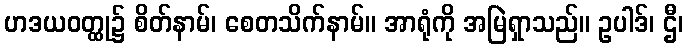
ဟဒယဝတ္ထု၌ စိတ်နာမ်၊ စေတသိက်နာမ်။ အာရုံကို အမြဲရှာသည်။ ဥပါဒ်၊ ဌီ၊